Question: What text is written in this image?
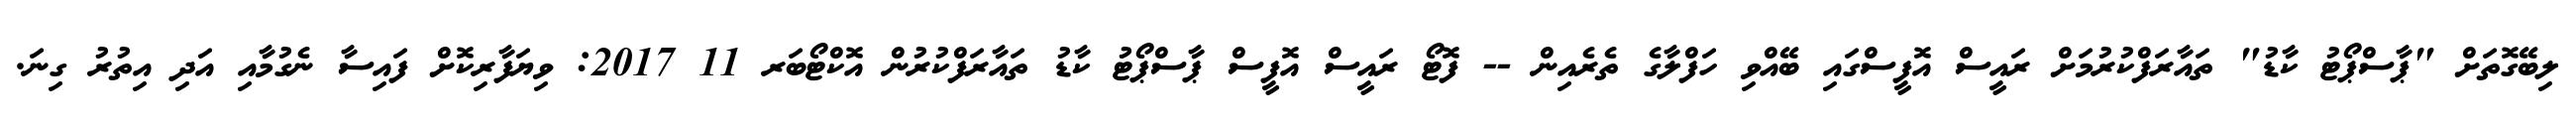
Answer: ލިބޭގޮތަށް "ޕާސްޕޯޓު ކާޑު" ތައާރަފްކުރުމަށް ރައީސް އޮފީސްގައި ބޭއްވި ހަފްލާގެ ތެރެއިން -- ފޮޓޯ ރައީސް އޮފީސް ޕާސްޕޯޓު ކާޑު ތައާރަފްކުރުން އޮކްޓޯބަރ 11 2017: ވިޔަފާރިކޮށް ފައިސާ ނެގުމާއި އަދި އިތުރު ގިނަ.